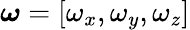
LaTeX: {\boldsymbol{\omega}}=[\omega_{x},\omega_{y},\omega_{z}]